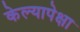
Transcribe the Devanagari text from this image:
केल्यापेक्षा